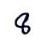
8